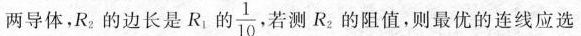
两导体，R_{1}。的边长是R_{1}的 \frac{1}{10}.若测R_{2}的阻值，则最优的连线应选